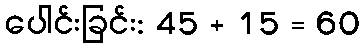
ပေါင်းခြင်း: 45 + 15 = 60